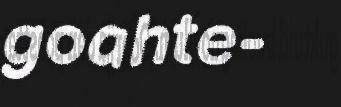
goahte-